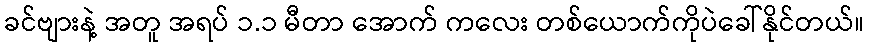
ခင်ဗျားနဲ့ အတူ အရပ် ၁.၁ မီတာ အောက် ကလေး တစ်ယောက်ကိုပဲခေါ်နိုင်တယ်။